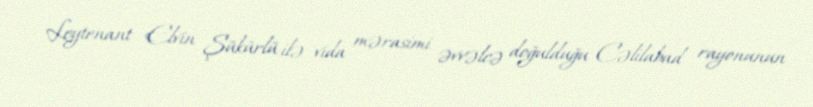
Leytenant Elvin Şükürlü ilə vida mərasimi əvvəlcə doğulduğu Cəlilabad rayonunun